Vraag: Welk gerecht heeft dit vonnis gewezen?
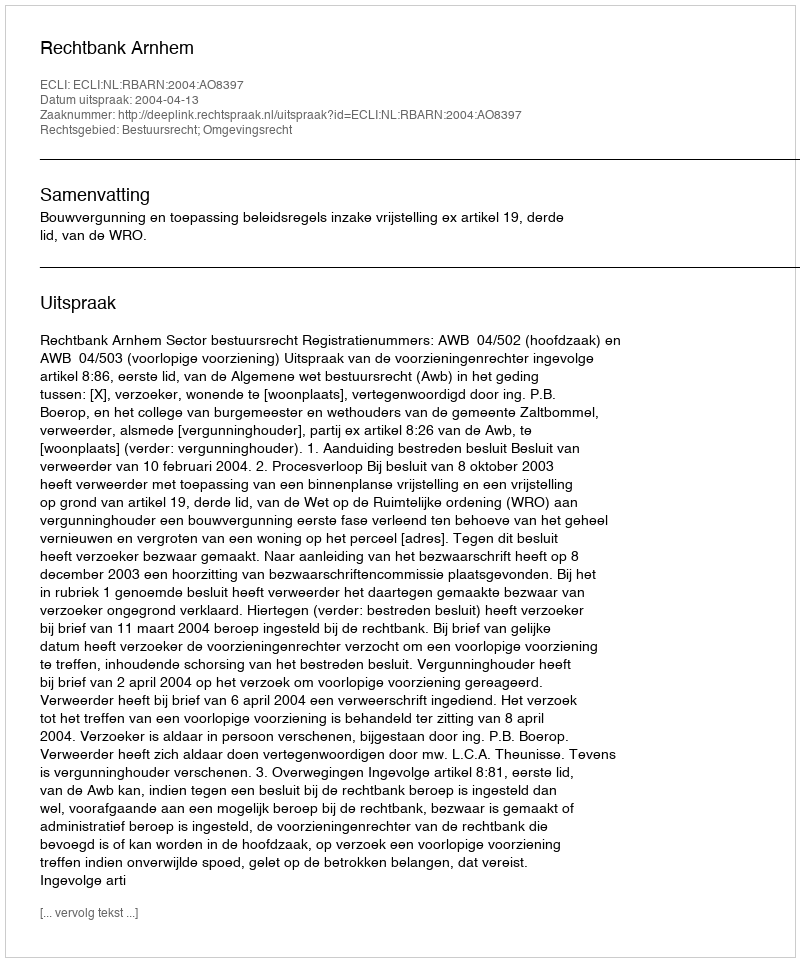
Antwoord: Rechtbank Arnhem